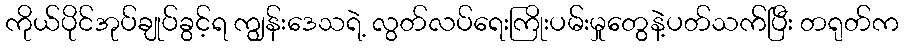
ကိုယ်ပိုင်အုပ်ချုပ်ခွင့်ရ ကျွန်းဒေသရဲ့ လွတ်လပ်ရေးကြိုးပမ်းမှုတွေနဲ့ပတ်သက်ပြီး တရုတ်က